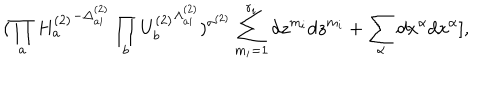
( \prod _ { a } { H _ { a } ^ { ( 2 ) } } ^ { - \Delta _ { a i } ^ { ( 2 ) } } \prod _ { b } { U _ { b } ^ { ( 2 ) } } ^ { \Lambda _ { a i } ^ { ( 2 ) } } ) ^ { \sigma ^ { ( 2 ) } } \sum _ { m _ { i } = 1 } ^ { r _ { i } } d z ^ { m _ { i } } d z ^ { m _ { i } } + \sum _ { \alpha } d x ^ { \alpha } d x ^ { \alpha } ] ,